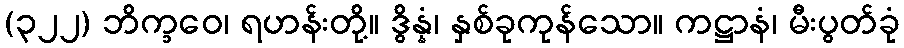
(၃၂၂) ဘိက္ခဝေ၊ ရဟန်းတို့။ ဒွိန္နံ၊ နှစ်ခုကုန်သော။ ကဋ္ဌာနံ၊ မီးပွတ်ခုံ